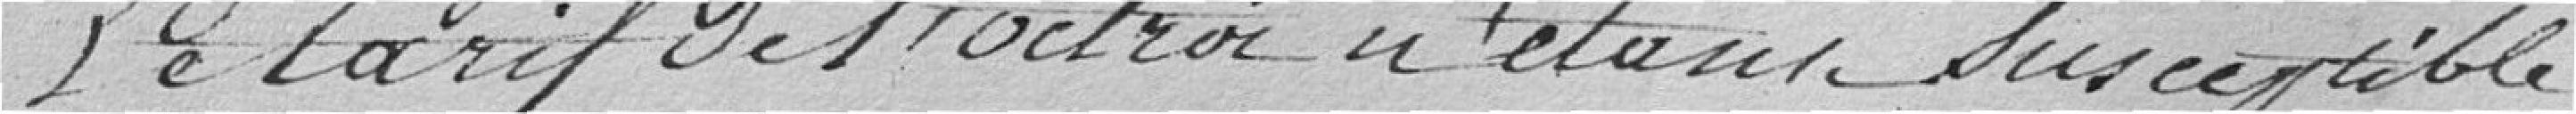
Le tarif de l'octroi n'étant susceptible